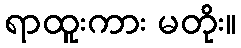
ရာထူးကား မတိုး။